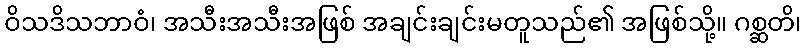
ဝိသဒိသဘာဝံ၊ အသီးအသီးအဖြစ် အချင်းချင်းမတူသည်၏ အဖြစ်သို့။ ဂစ္ဆတိ၊